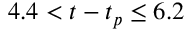
4 . 4 < t - t _ { p } \leq 6 . 2